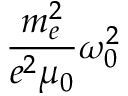
\frac { m _ { e } ^ { 2 } } { e ^ { 2 } \mu _ { 0 } } \omega _ { 0 } ^ { 2 }